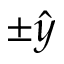
\pm \hat { y }